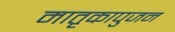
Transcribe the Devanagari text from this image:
मातृकापुजन